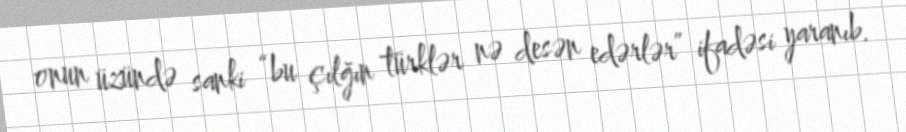
onun üzündə sanki “bu çılğın türklər nə desən edərlər” ifadəsi yaranıb.